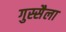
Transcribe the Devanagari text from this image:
गुस्सैला